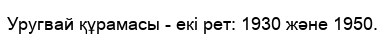
Уругвай құрамасы - екі рет: 1930 және 1950.